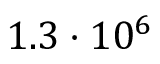
1 . 3 \cdot 1 0 ^ { 6 }